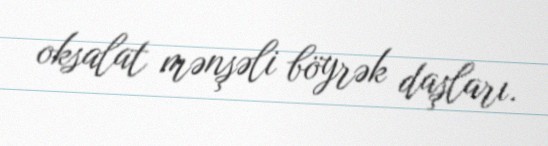
oksalat mənşəli böyrək daşları.